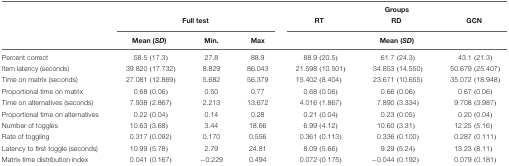
<table><thead><tr><td></td><td></td><td></td><td></td><td colspan="3"><b>Groups</b></td></tr><tr><td></td><td colspan="3"><b>Full test</b></td><td><b>RT</b></td><td><b>RD</b></td><td><b>GCN</b></td></tr><tr><td></td><td><b>Mean (<i>SD</i>)</b></td><td><b>Min.</b></td><td><b>Max</b></td><td colspan="3"><b>Mean (<i>SD</i>)</b></td></tr></thead><tbody><tr><td>Percent correct</td><td>58.5 (17.3)</td><td>27.8</td><td>88.9</td><td>88.9 (20.5)</td><td>61.7 (24.3)</td><td>43.1 (21.3)</td></tr><tr><td>Item latency (seconds)</td><td>39.820 (17.732)</td><td>8.829</td><td>86.043</td><td>21.598 (10.501)</td><td>34.853 (14.550)</td><td>50.679 (25.407)</td></tr><tr><td>Time on matrix (seconds)</td><td>27.081 (12.869)</td><td>5.682</td><td>56.379</td><td>15.402 (8.404)</td><td>23.671 (10.655)</td><td>35.072 (18.948)</td></tr><tr><td>Proportional time on matrix</td><td>0.68 (0.06)</td><td>0.50</td><td>0.77</td><td>0.68 (0.06)</td><td>0.66 (0.06)</td><td>0.67 (0.06)</td></tr><tr><td>Time on alternatives (seconds)</td><td>7.938 (2.867)</td><td>2.213</td><td>13.672</td><td>4.016 (1.867)</td><td>7.890 (3.334)</td><td>9.708 (3.987)</td></tr><tr><td>Proportional time on alternatives</td><td>0.22 (0.04)</td><td>0.14</td><td>0.28</td><td>0.21 (0.04)</td><td>0.23 (0.05)</td><td>0.20 (0.04)</td></tr><tr><td>Number of toggles</td><td>10.63 (3.68)</td><td>3.44</td><td>18.66</td><td>6.99 (4.12)</td><td>10.60 (3.31)</td><td>12.25 (5.16)</td></tr><tr><td>Rate of toggling</td><td>0.317 (0.092)</td><td>0.170</td><td>0.556</td><td>0.361 (0.113)</td><td>0.336 (0.100)</td><td>0.287 (0.111)</td></tr><tr><td>Latency to first toggle (seconds)</td><td>10.99 (5.78)</td><td>2.79</td><td>24.81</td><td>8.09 (5.66)</td><td>9.29 (5.24)</td><td>13.23 (8.11)</td></tr><tr><td>Matrix time distribution index</td><td>0.041 (0.167)</td><td>–0.229</td><td>0.494</td><td>0.072 (0.175)</td><td>–0.044 (0.192)</td><td>0.079 (0.181)</td></tr></tbody></table>